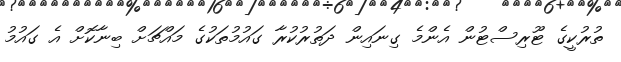
ތުރުކީގެ ޓޫރިސްޓުން އެންމެ ގިނައިން ދަތުރުކުރާ ގައުމުތަކުގެ މައްޗަށް ބިނާކޮށް އެ ގައުމު